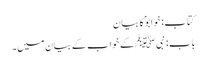
کتاب: خوابوؑ کا بیان
باب : نبیﷺ کے خواب کے بیان میں۔